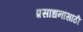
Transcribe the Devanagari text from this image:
प्रसाधनांसाठी